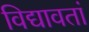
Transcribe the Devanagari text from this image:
विद्यावतां